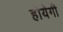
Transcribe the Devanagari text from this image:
होयेगी